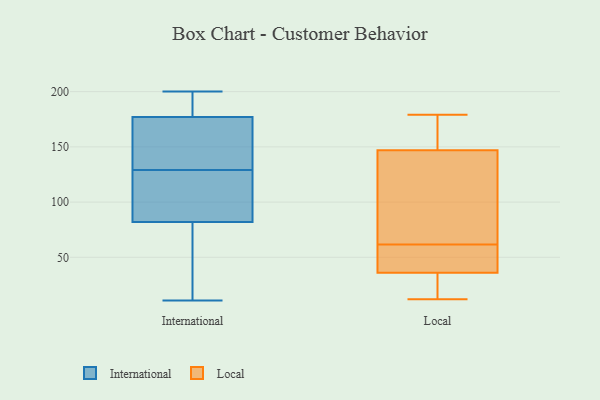
{"axis": {"x": "Operating Costs (USD K)", "y": "Value"}, "legend": ["International", "Local"], "data": [{"x": "", "y": 139, "type": "International"}, {"x": "", "y": 132, "type": "International"}, {"x": "", "y": 82, "type": "International"}, {"x": "", "y": 180, "type": "International"}, {"x": "", "y": 71, "type": "International"}, {"x": "", "y": 200, "type": "International"}, {"x": "", "y": 94, "type": "International"}, {"x": "", "y": 11, "type": "International"}, {"x": "", "y": 191, "type": "International"}, {"x": "", "y": 106, "type": "International"}, {"x": "", "y": 126, "type": "International"}, {"x": "", "y": 143, "type": "International"}, {"x": "", "y": 177, "type": "International"}, {"x": "", "y": 76, "type": "International"}, {"x": "", "y": 58, "type": "Local"}, {"x": "", "y": 36, "type": "Local"}, {"x": "", "y": 140, "type": "Local"}, {"x": "", "y": 19, "type": "Local"}, {"x": "", "y": 179, "type": "Local"}, {"x": "", "y": 12, "type": "Local"}, {"x": "", "y": 176, "type": "Local"}, {"x": "", "y": 116, "type": "Local"}, {"x": "", "y": 100, "type": "Local"}, {"x": "", "y": 32, "type": "Local"}, {"x": "", "y": 154, "type": "Local"}, {"x": "", "y": 36, "type": "Local"}, {"x": "", "y": 170, "type": "Local"}, {"x": "", "y": 61, "type": "Local"}, {"x": "", "y": 39, "type": "Local"}, {"x": "", "y": 62, "type": "Local"}]}